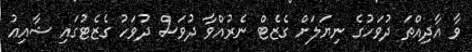
ވާ އާދިއްތަ ދުވަހުގެ ނިޔަލަށް ގެޒެޓް ނެރުއްވާ ދުވަސް ދުވަހު ގެޒެޓުގައި ޝާއިޢު